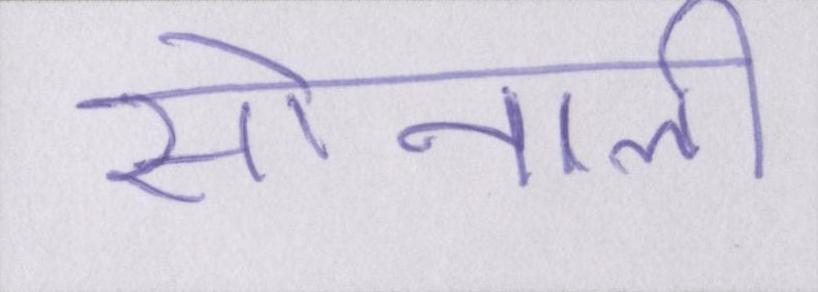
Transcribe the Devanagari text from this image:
सोनाली